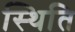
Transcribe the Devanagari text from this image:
स्थिति